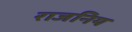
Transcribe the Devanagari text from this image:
राजनिय